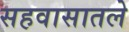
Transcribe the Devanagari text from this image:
सहवासातले